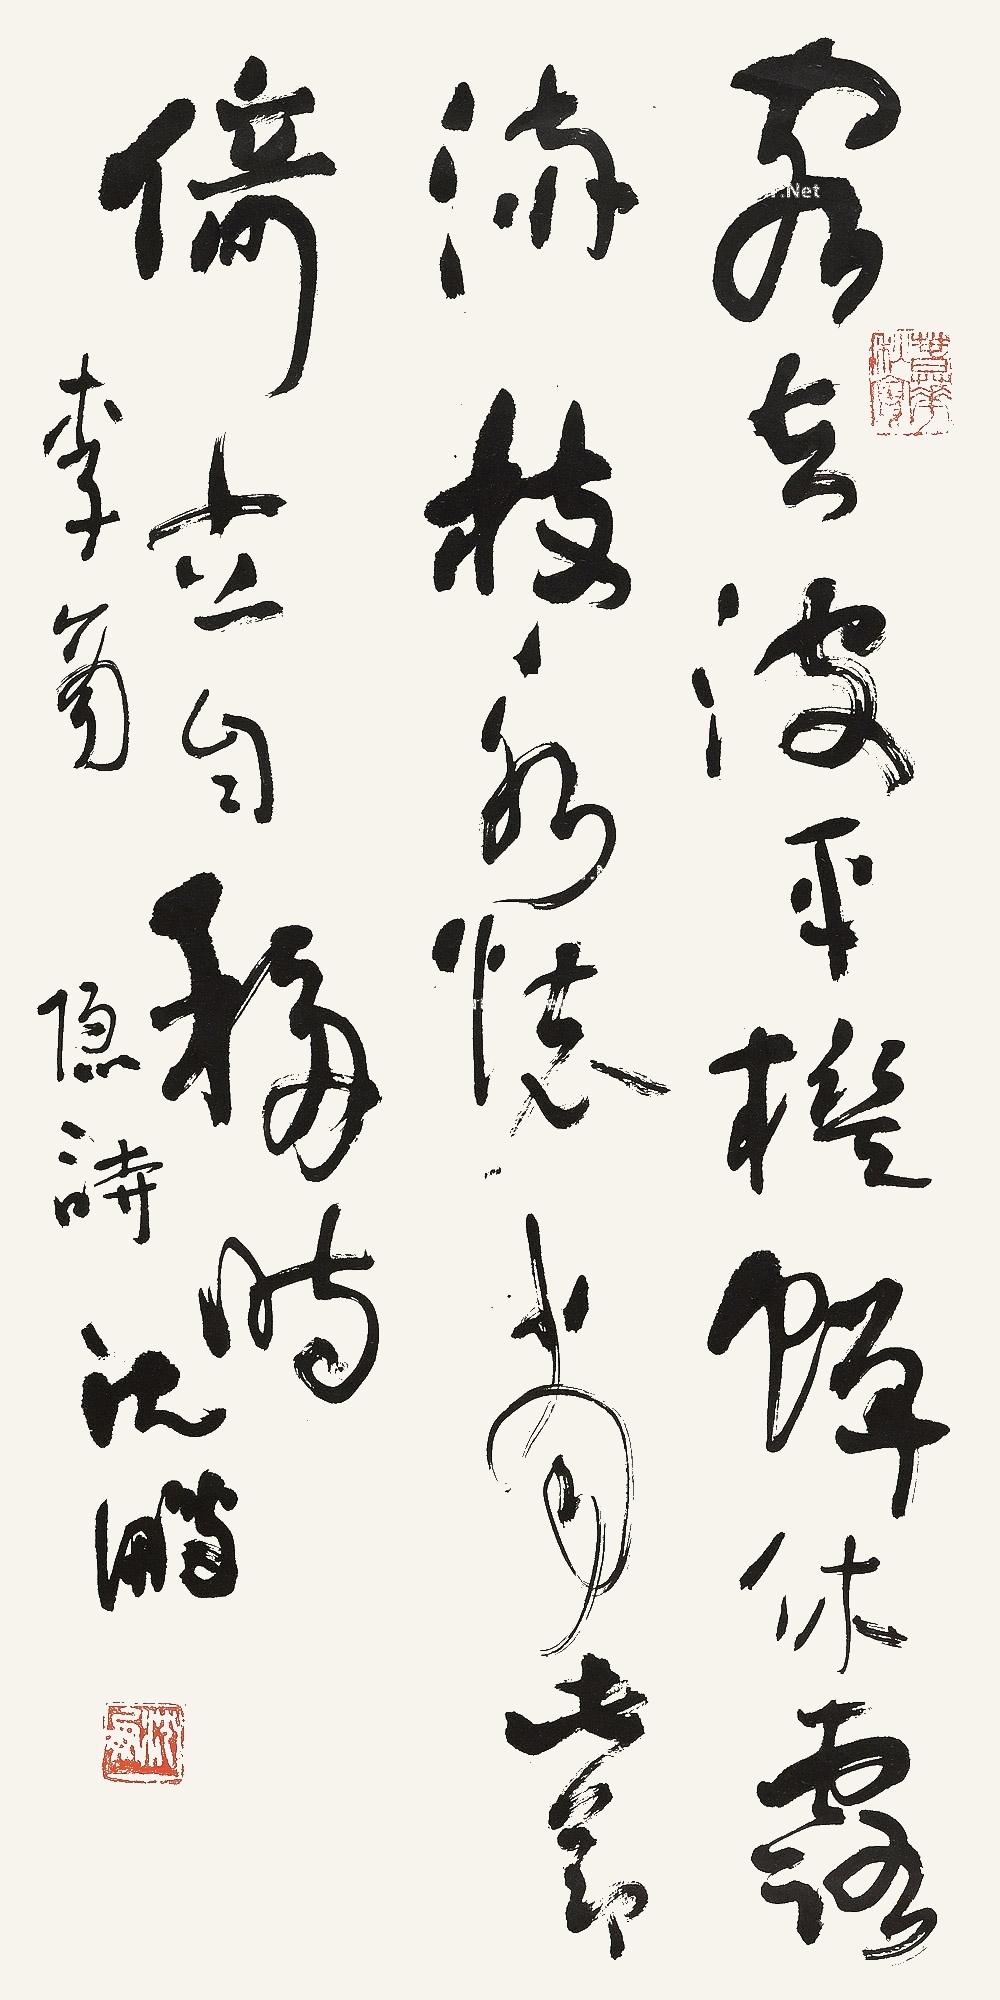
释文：客去波平槛，蝉休露满枝。永怀当此节，倚立自移时。李商隐诗。沈鹏。